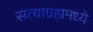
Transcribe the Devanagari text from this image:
सत्याग्रहामध्ये